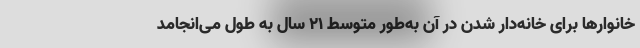
خانوارها برای خانه‌دار شدن در آن به‌طور متوسط ۲۱ سال به طول می‌انجامد